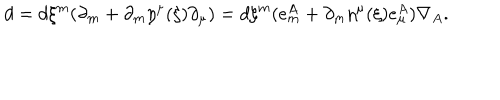
d = d \xi ^ { m } ( \partial _ { m } + \partial _ { m } \eta ^ { \mu } ( \xi ) \partial _ { \mu } ) = d \xi ^ { m } ( e _ { m } ^ { A } + \partial _ { m } \eta ^ { \mu } ( \xi ) e _ { \mu } ^ { A } ) \nabla _ { A } .